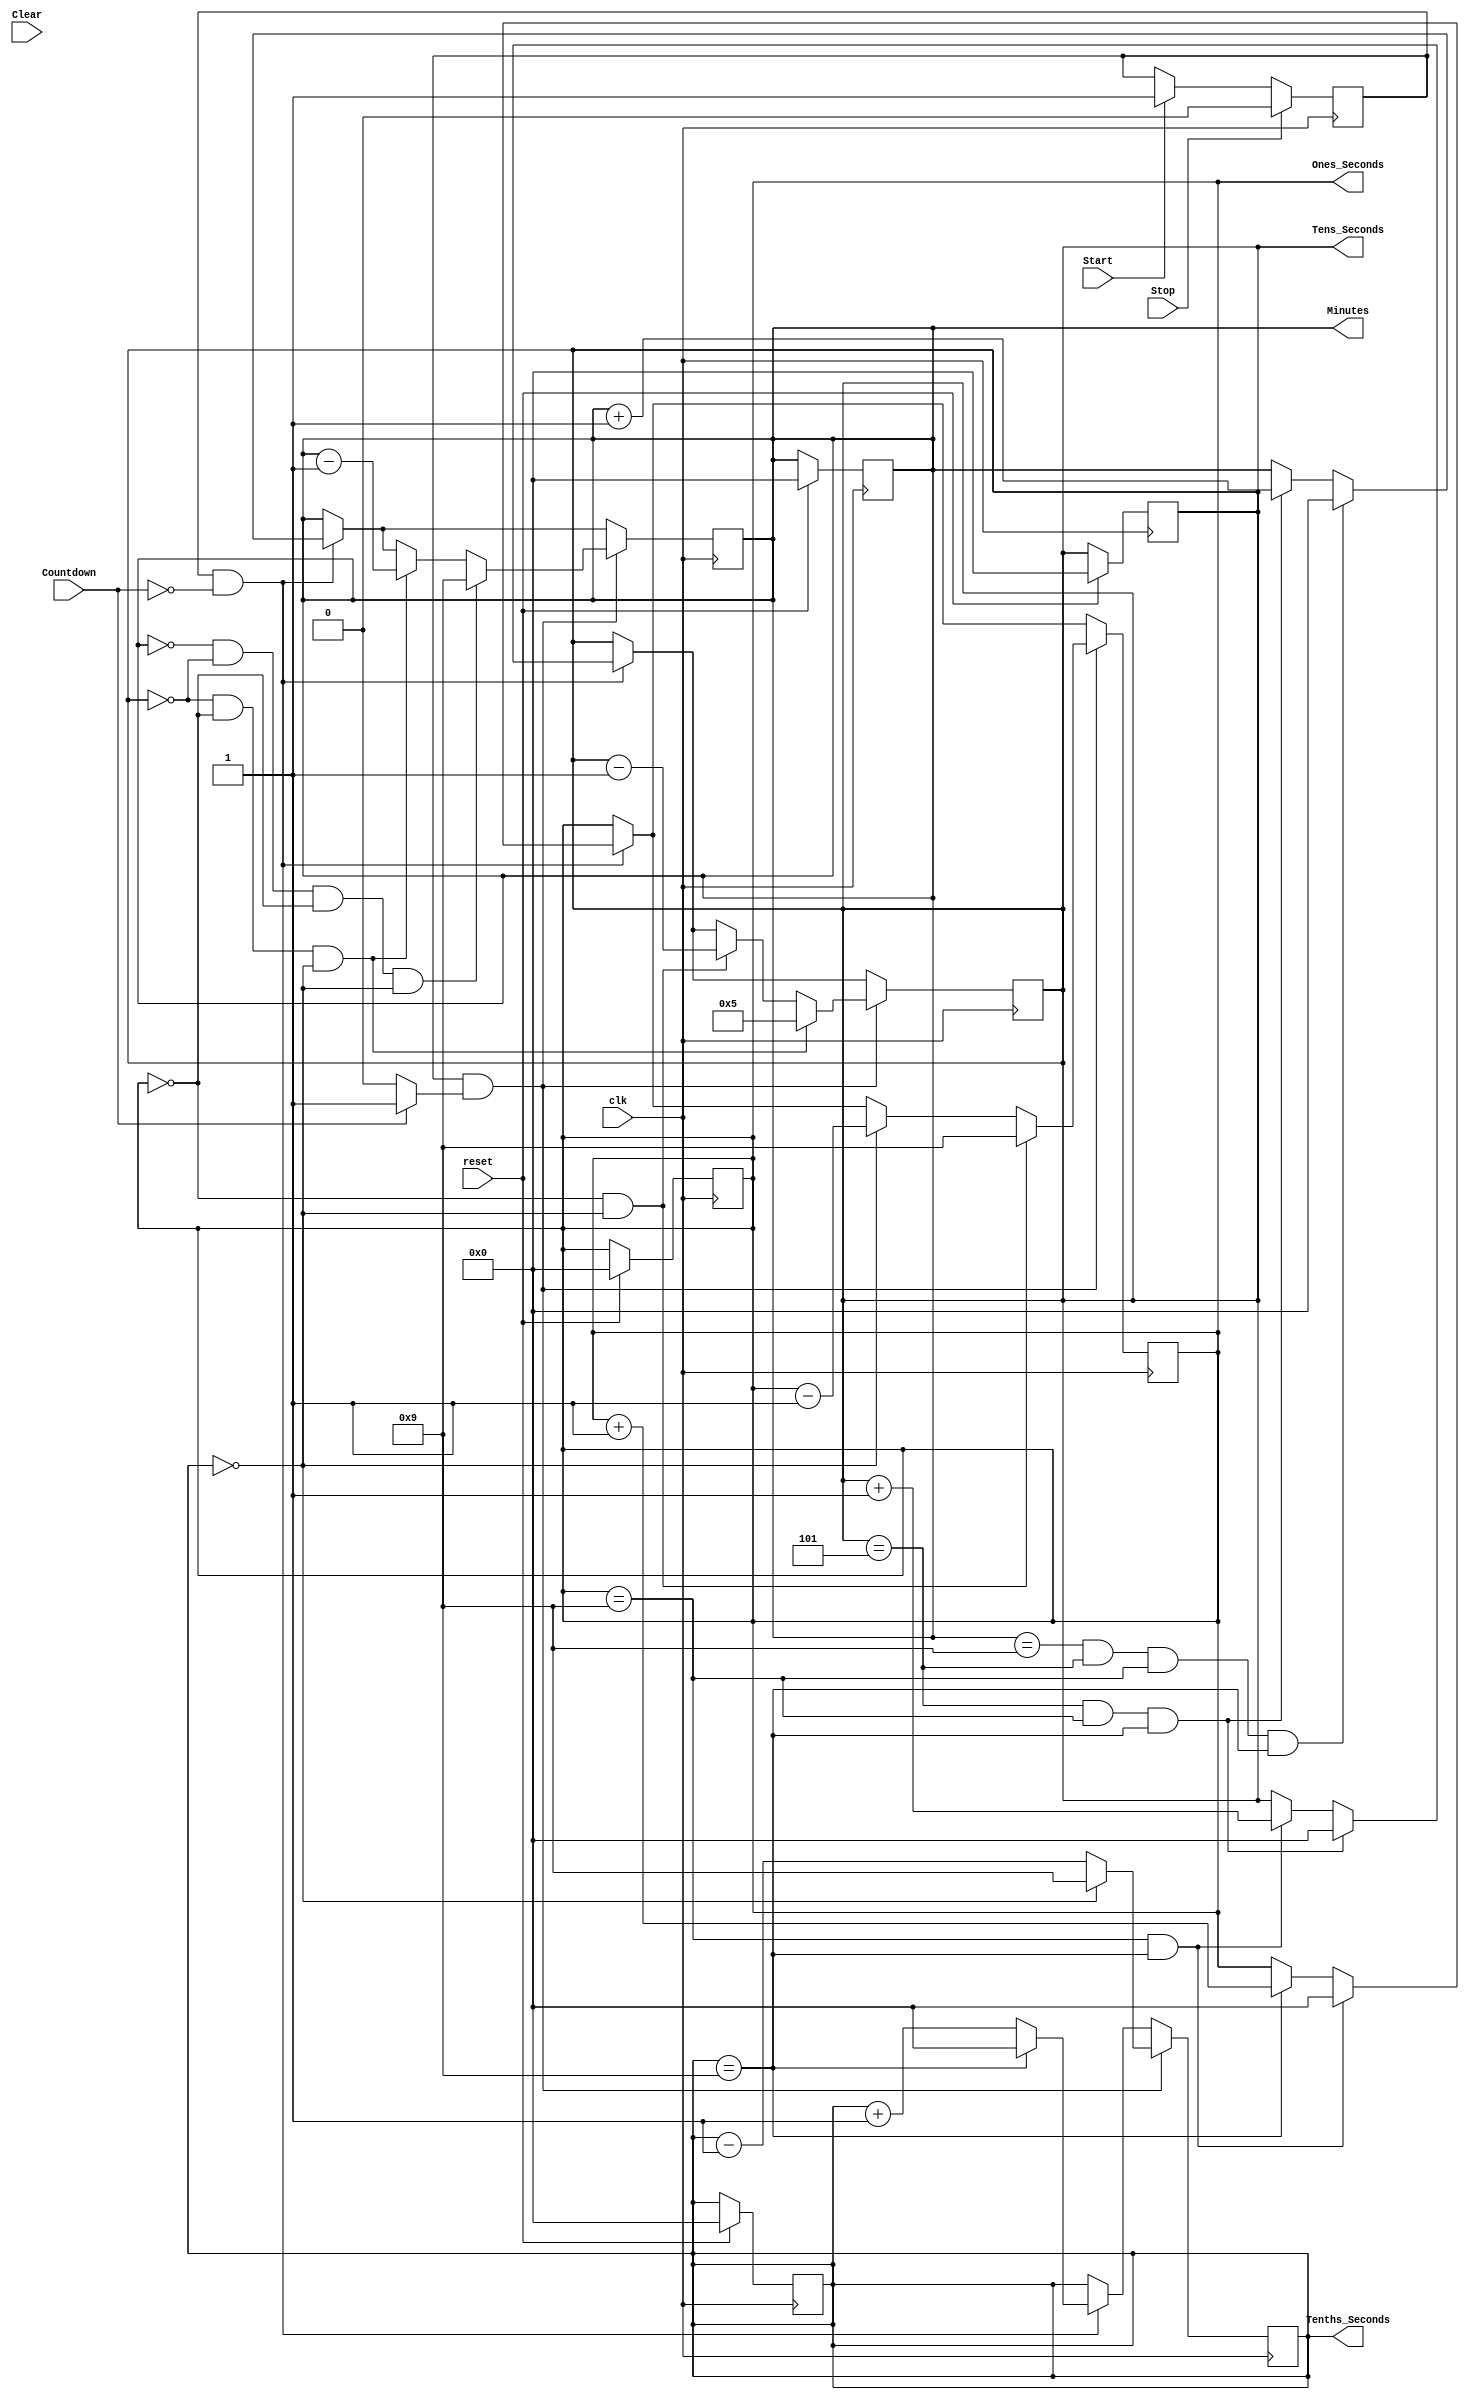
module stopwatch (
  input clk, reset, Start, Stop, Clear, Countdown,
  output reg [3:0] Minutes, Tens_Seconds, Ones_Seconds, Tenths_Seconds
  );
  
     reg running,nice_D;
	always@(posedge clk)
	begin
		if(Start) running <=1;
		if(Stop) running <=0;
	end
	
	always@(Countdown)
	begin
		if(~Countdown) nice_D <=0;
		else nice_D <=1;
	end
	
	always@(posedge clk) begin
			if (reset) begin
				Minutes 		<= 4'd0;
				Tens_Seconds	<= 4'd0;
				Ones_Seconds	<= 4'd0;
				Tenths_Seconds	<= 4'd0;
			end 
		end
	
	always@(posedge clk)begin
		if (running && ~nice_D)begin
			if (Tenths_Seconds == 4'd9) begin // Check if tenths_seconds reaches 9
				Tenths_Seconds <= 0;		  // Reset to 0 on reaching 9
				Ones_Seconds <= Ones_Seconds + 1;
			end else begin
				Tenths_Seconds <= Tenths_Seconds + 1; // Increment tenths_seconds 
			end
			if (Ones_Seconds == 4'd9 && Tenths_Seconds == 4'd9) begin
					Ones_Seconds <= 0;
					Tens_Seconds <= Tens_Seconds +1;
				end
			if (Tens_Seconds == 4'd5 && Ones_Seconds == 4'd9 && Tenths_Seconds == 4'd9 ) begin
				Tens_Seconds <= 0;
				Minutes <= Minutes +1;
				end
			if (Minutes == 4'd9 && Tens_Seconds == 4'd5 && Ones_Seconds == 4'd9 && Tenths_Seconds == 4'd9) begin
				Minutes <= 0;
				end
		end
		// Count down logic
		if (running && nice_D)begin
			if (Tenths_Seconds == 4'd0) begin
				Tenths_Seconds <= 4'd9;
				Ones_Seconds <= Ones_Seconds - 1;
				end else begin
					Tenths_Seconds <= Tenths_Seconds -1;
					end
			if(Ones_Seconds == 4'd0 && Tenths_Seconds == 4'b0) begin
				Ones_Seconds <= 4'd9;
				Tens_Seconds <= Tens_Seconds - 1;
				end
			if (Tens_Seconds == 4'd0 && Ones_Seconds == 4'd0 && Tenths_Seconds == 4'd0 ) begin
				Tens_Seconds <= 4'd5;
				Minutes <= Minutes -1;
				end
			if (Minutes == 4'd0 && Tens_Seconds == 4'd0 && Ones_Seconds == 4'd0 && Tenths_Seconds == 4'd0) begin
				Minutes <= 4'd9;
				end
			end
	end

endmodule